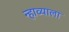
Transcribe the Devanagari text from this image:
न्हाव्याला